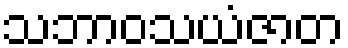
သဘာဝသယံဇာတ